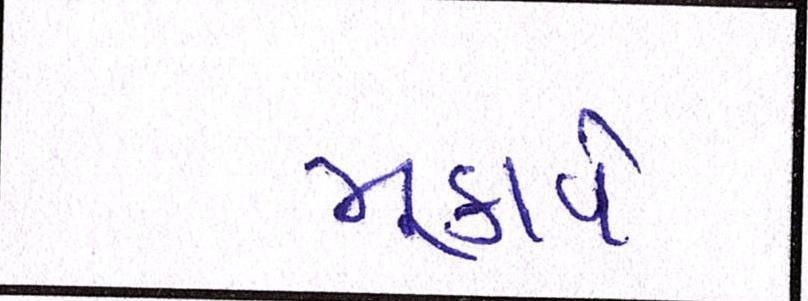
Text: મુકાવે